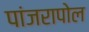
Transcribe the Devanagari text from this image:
पांजरापोल